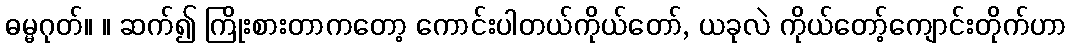
ဓမ္မဂုတ်။ ။ ဆက်၍ ကြိုးစားတာကတော့ ကောင်းပါတယ်ကိုယ်တော်, ယခုလဲ ကိုယ်တော့်ကျောင်းတိုက်ဟာ